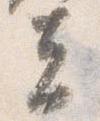
夫